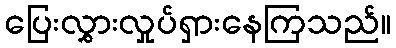
ပြေးလွှားလှုပ်ရှားနေကြသည်။